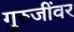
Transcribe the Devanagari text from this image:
गुरुजींवर